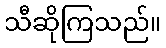
သီဆိုကြသည်။